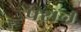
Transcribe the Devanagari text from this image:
फ्ऱॉन